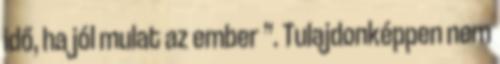
idő, ha jól mulat az ember ”. Tulajdonképpen nem